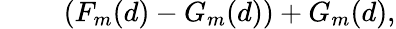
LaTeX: ~~~~~~~~~(F_{m}(d)-G_{m}(d))+G_{m}(d),